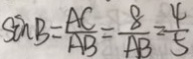
\sin B = \frac { A C } { A B } = \frac { 8 } { A B } = \frac { 4 } { 5 }